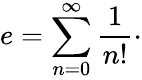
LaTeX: e=\sum_{n=0}^{\infty}{\frac{1}{n!}}\cdot